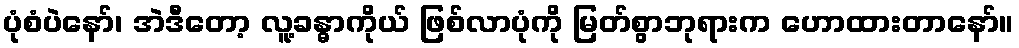
ပုံစံပဲနော်၊ အဲဒီတော့ လူ့ခန္ဓာကိုယ် ဖြစ်လာပုံကို မြတ်စွာဘုရားက ဟောထားတာနော်။